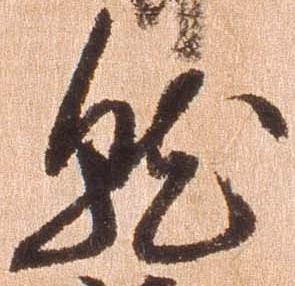
就